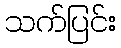
သက်ပြင်း